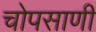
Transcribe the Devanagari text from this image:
चोपसाणी